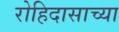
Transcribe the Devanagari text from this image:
रोहिदासाच्या